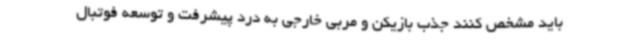
باید مشخص کنند جذب بازیکن و مربی خارجی به درد پیشرفت و توسعه فوتبال